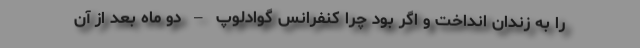
را به زندان انداخت و اگر بود چرا کنفرانس گوادلوپ – دو ماه بعد از آن